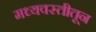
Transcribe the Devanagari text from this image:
मध्यवस्तीतून